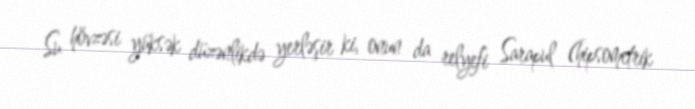
Su hövzəsi yüksək düzənlikdə yerləşir ki, onun da relyefi Sarapul (hipsometrik